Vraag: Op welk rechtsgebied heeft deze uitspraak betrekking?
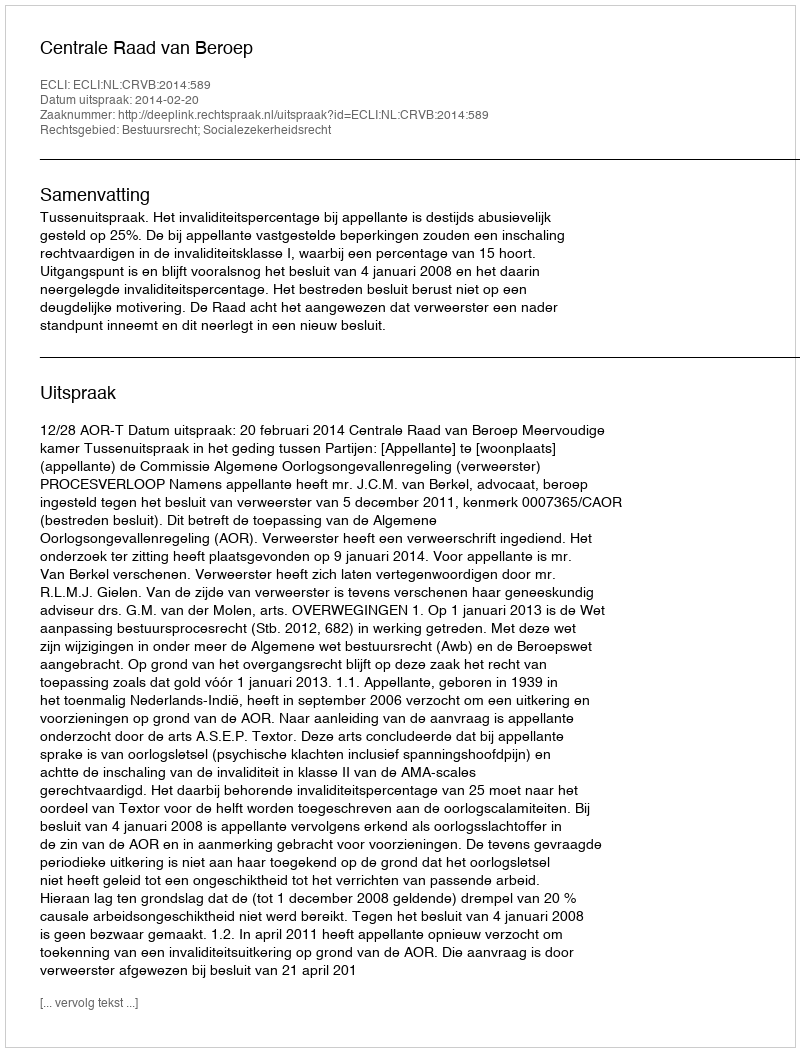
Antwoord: Bestuursrecht; Socialezekerheidsrecht